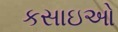
કસાઇઓ